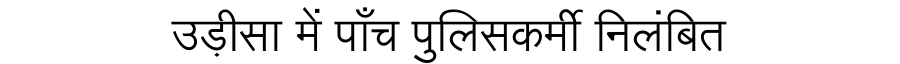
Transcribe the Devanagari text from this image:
उड़ीसा में पाँच पुलिसकर्मी निलंबित